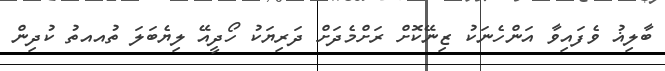
ބާލިޣު ވެފައިވާ އަންހެނަކު ޒިނޭކޮށް ރަށްމެދަށް ދަރިޔަކު ހޯދީއޭ ލިޔެބަލަ ތުއއތު ކުދިން